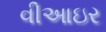
વીઆઇર